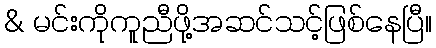
& မင်းကိုကူညီဖို့အဆင်သင့်ဖြစ်နေပြီ။